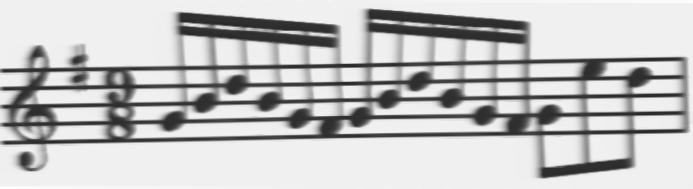
Transcription: clef-G2 keySignature-GM timeSignature-9/8 note-G4_sixteenth note-B4_sixteenth note-D5_sixteenth note-B4_sixteenth note-G4_sixteenth note-F#4_sixteenth note-G4_sixteenth note-B4_sixteenth note-D5_sixteenth note-B4_sixteenth note-G4_sixteenth note-F#4_sixteenth note-G4_eighth note-E5_eighth note-D5_eighth barline